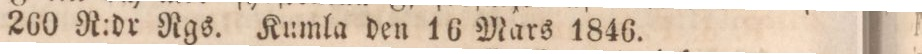
260 R:dr Ngs. Kumla den 16 Mars 1846.